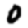
Digit: 0